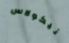
نيكولاس